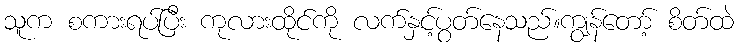
သူက စကားရပ်ပြီး ကုလားထိုင်ကို လက်နှင့်ပွတ်နေသည်။ကျွန်တော့် စိတ်ထဲ